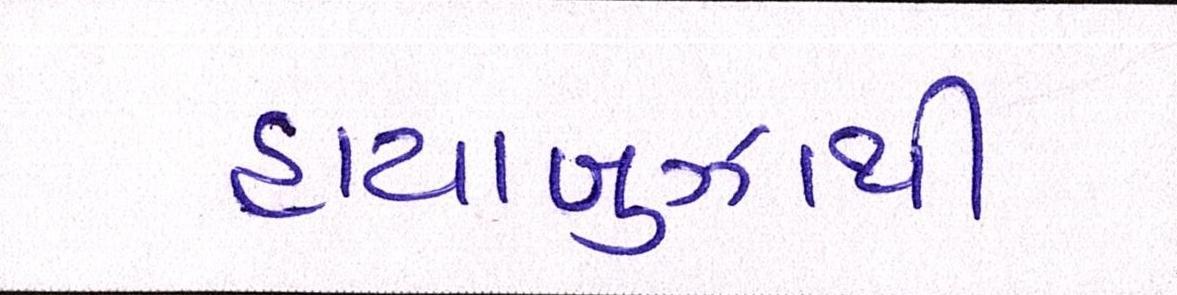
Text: હાયાબુઝાથી